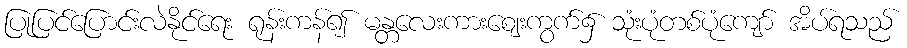
ပြုပြင်ပြောင်းလဲနိုင်ရေး ရုန်းကန်၍ မန္တလေးကားဈေးကွက်၌ သုံးပုံတစ်ပုံကျော် အိပ်ရသည်